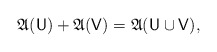
\begin{align*} \mathfrak A(\mathsf U) + \mathfrak A(\mathsf V) = \mathfrak A(\mathsf U \cup \mathsf V), \end{align*}